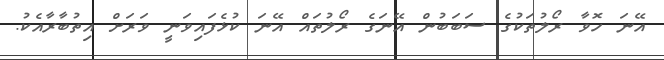
އޭނަ ހޮވާ ރޯލުތަކުގެ ސަބަބުން އޭނަގެ ރޯލުތައް އޭނަ ކުޅެފައިވަނީ ވަރަށް އިތުބާރާއެކު.